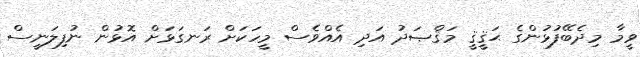
ވީމާ މިދެބޭފުޅުންގެ ޙަޤީޤީ މަޤްޞަދު އަދި އެއްވެސް މީހަކަށް ރަނގަޅަށް އޮޅުން ނުފިލަނީސް